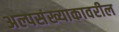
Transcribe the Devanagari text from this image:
अल्पसंख्याकावरील